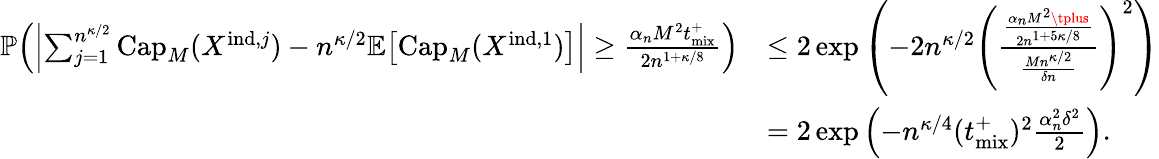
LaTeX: \begin{array}{rl}{\mathbb{P}\! \left(\left|\sum_{j=1}^{n^{\kappa/2}}\mathrm{Cap}_{M}(X^{\mathrm{ind},j})-n^{\kappa/2}\mathbb{E}\! \left[\mathrm{Cap}_{M}(X^{\mathrm{ind},1})\right]\right|\geq\frac{\alpha_{n}M^{2}{t_{\mathrm{mix}}^{+}}}{2n^{1+\kappa/8}}\right)}&{\leq 2\exp\left(-2n^{\kappa/2}\left(\frac{\frac{\alpha_{n}M^{2}\tplus}{2n^{1+5\kappa/8}}}{\frac{Mn^{\kappa/2}}{\delta n}}\right)^{2}\right)}\\ &{=2\exp\left(-n^{\kappa/4}({t_{\mathrm{mix}}^{+}})^{2}\frac{\alpha_{n}^{2}\delta^{2}}{2}\right).}\end{array}